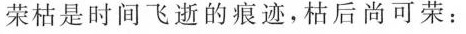
荣枯是时间飞逝的痕迹，枯后尚可荣：